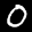
Label: 0